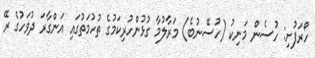
ހޯރަފުށި: ހުސެން މަނިކު (ހުސޭނުބެ) މަރާލުމާ ގުޅުންހުރިކަމުގެ ތުހުމަތުގައި އަންގާރަ ދުވަހުގެ ރޭ